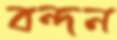
বন্দন